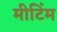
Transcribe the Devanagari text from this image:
मीटिंम